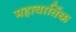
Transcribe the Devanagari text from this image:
महावार्तिक